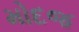
મોદજ